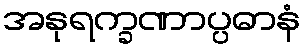
အနုရက္ခဏာပ္ပဓာနံ